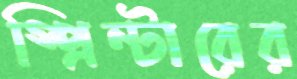
স্প্রিন্টারের